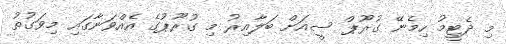
މި ދެޓީމު ހިމެނޭ ގުރޫޕް ސީއަށް ބަލާއިރު މި ގުރޫޕުގެ އެއްވަނާގައި މިވަގުތު